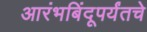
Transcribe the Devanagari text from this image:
आरंभबिंदूपर्यंतचे